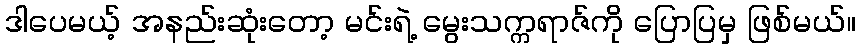
ဒါပေမယ့် အနည်းဆုံးတော့ မင်းရဲ့ မွေးသက္ကရာဇ်ကို ပြောပြမှ ဖြစ်မယ်။